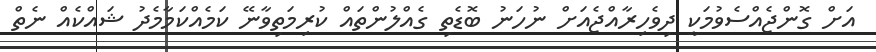
އަށް ގޮންޖެއްސެވުމަކީ ދިވެހިރާއްޖެއަށް ނުހަނު ބޮޑެތި ގެއްލުންތައް ކުރިމަތިވާނޭ ކަމެއްކަމާމެދު ޝައްކެއް ނެތް